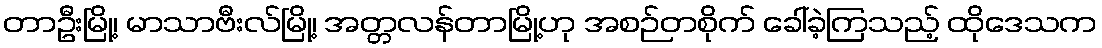
တာဦးမြို့၊ မာသာဗီးလ်မြို့၊ အတ္တလန်တာမြို့ဟု အစဉ်တစိုက် ခေါ်ခဲ့ကြသည့် ထိုဒေသက